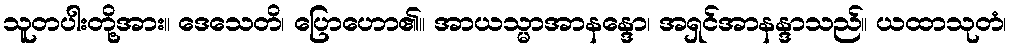
သူတပါးတို့အား။ ဒေသေတိ၊ ပြောဟော၏။ အာယသ္မာအာနန္ဒော၊ အရှင်အာနန္ဒာသည်။ ယထာသုတံ၊